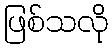
ဖြစ်သလို